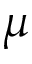
\mu